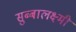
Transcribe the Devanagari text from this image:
सुब्बालक्ष्मी